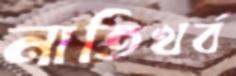
নাতিখর্ব